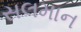
સલમાન